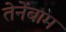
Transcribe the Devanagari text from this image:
तेनेंबाम